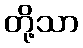
တို့သာ